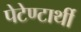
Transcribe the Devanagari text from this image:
पेटेण्टार्थी